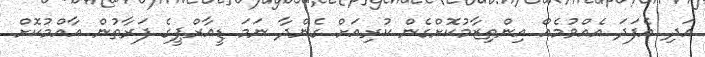
އަދި އެފަދަ އެއްވުމެއް އިންތިޒާމުކޮށްގެން ކުރިއަށް ގެންދާ ނަމަ ޑީއާރްޕީގެ ފަރާތުން އާއްމުކޮށް